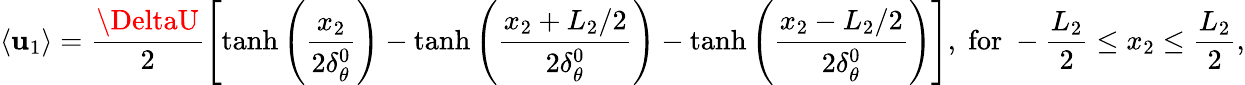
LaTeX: \left\langle{{\mathbf{u}_{1}}}\right\rangle=\frac{{{\DeltaU}}}{{2}}\left[{\operatorname{tanh}\left({\frac{{{{x_{2}}}}}{{{2\delta_{\theta}^{0}}}}}\right)-\operatorname{tanh}\left({\frac{{{{x_{2}}+{L_{2}}/2}}}{{{2\delta_{\theta}^{0}}}}}\right)-\operatorname{tanh}\left({\frac{{{{x_{2}}-{L_{2}}/2}}}{{{2\delta_{\theta}^{0}}}}}\right)}\right],\; \mathrm{{{for}}}\; -\frac{{L_{2}}}{{2}}\le{x_{2}}\le\frac{{L_{2}}}{{2}},